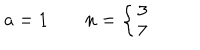
a = 1 \quad \quad n = \left\{ \left\{ \begin{cases} { { 3 } } \\ { { 7 } } \\ \end{cases} \right. \right.